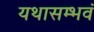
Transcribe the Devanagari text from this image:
यथासम्भवं